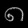
Digit: ၈